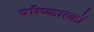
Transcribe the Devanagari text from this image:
परिष्कारकों